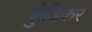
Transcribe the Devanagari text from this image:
कुंडिकेर